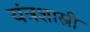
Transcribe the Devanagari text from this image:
यंत्रशास्त्री